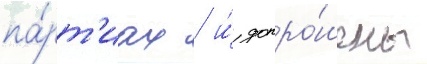
па́рт'иах / и́ допро́шены